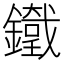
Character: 𨮯